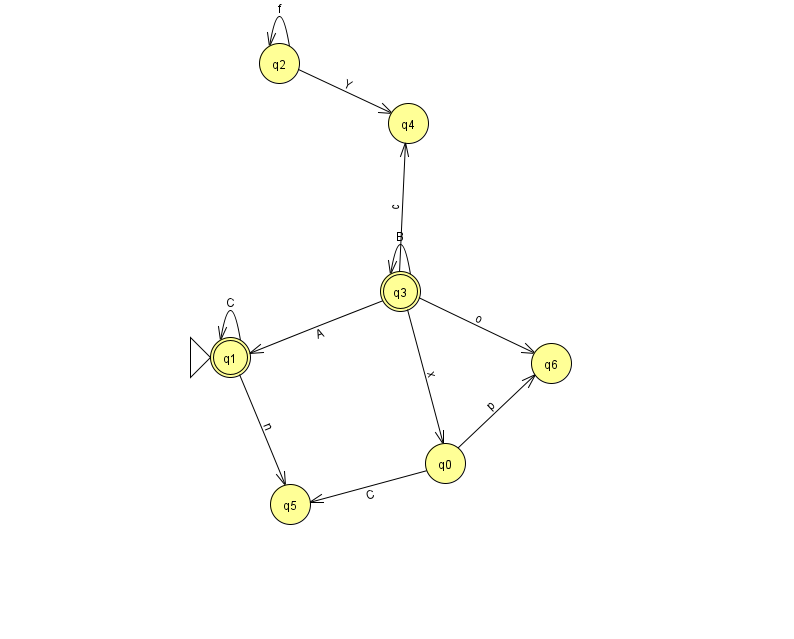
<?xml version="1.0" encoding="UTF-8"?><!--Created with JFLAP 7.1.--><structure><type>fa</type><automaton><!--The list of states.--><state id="0" name="q0"><x>445.0</x><y>450.0</y></state><state id="1" name="q1"><x>230.0</x><y>344.0</y><initial/><final/></state><state id="2" name="q2"><x>279.0</x><y>50.0</y></state><state id="3" name="q3"><x>400.0</x><y>278.0</y><final/></state><state id="4" name="q4"><x>408.0</x><y>110.0</y></state><state id="5" name="q5"><x>290.0</x><y>491.0</y></state><state id="6" name="q6"><x>551.0</x><y>350.0</y></state><!--The list of transitions.--><transition><from>3</from><to>4</to><read>c</read></transition><transition><from>2</from><to>4</to><read>Y</read></transition><transition><from>3</from><to>3</to><read>B</read></transition><transition><from>1</from><to>1</to><read>C</read></transition><transition><from>1</from><to>5</to><read>n</read></transition><transition><from>3</from><to>1</to><read>A</read></transition><transition><from>0</from><to>6</to><read>p</read></transition><transition><from>2</from><to>2</to><read>f</read></transition><transition><from>0</from><to>5</to><read>C</read></transition><transition><from>3</from><to>6</to><read>o</read></transition><transition><from>3</from><to>0</to><read>x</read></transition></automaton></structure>